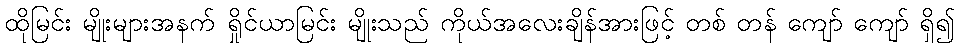
ထိုမြင်း မျိုးများအနက် ရှိုင်ယာမြင်း မျိုးသည် ကိုယ်အလေးချိန်အားဖြင့် တစ် တန် ကျော် ကျော် ရှိ၍